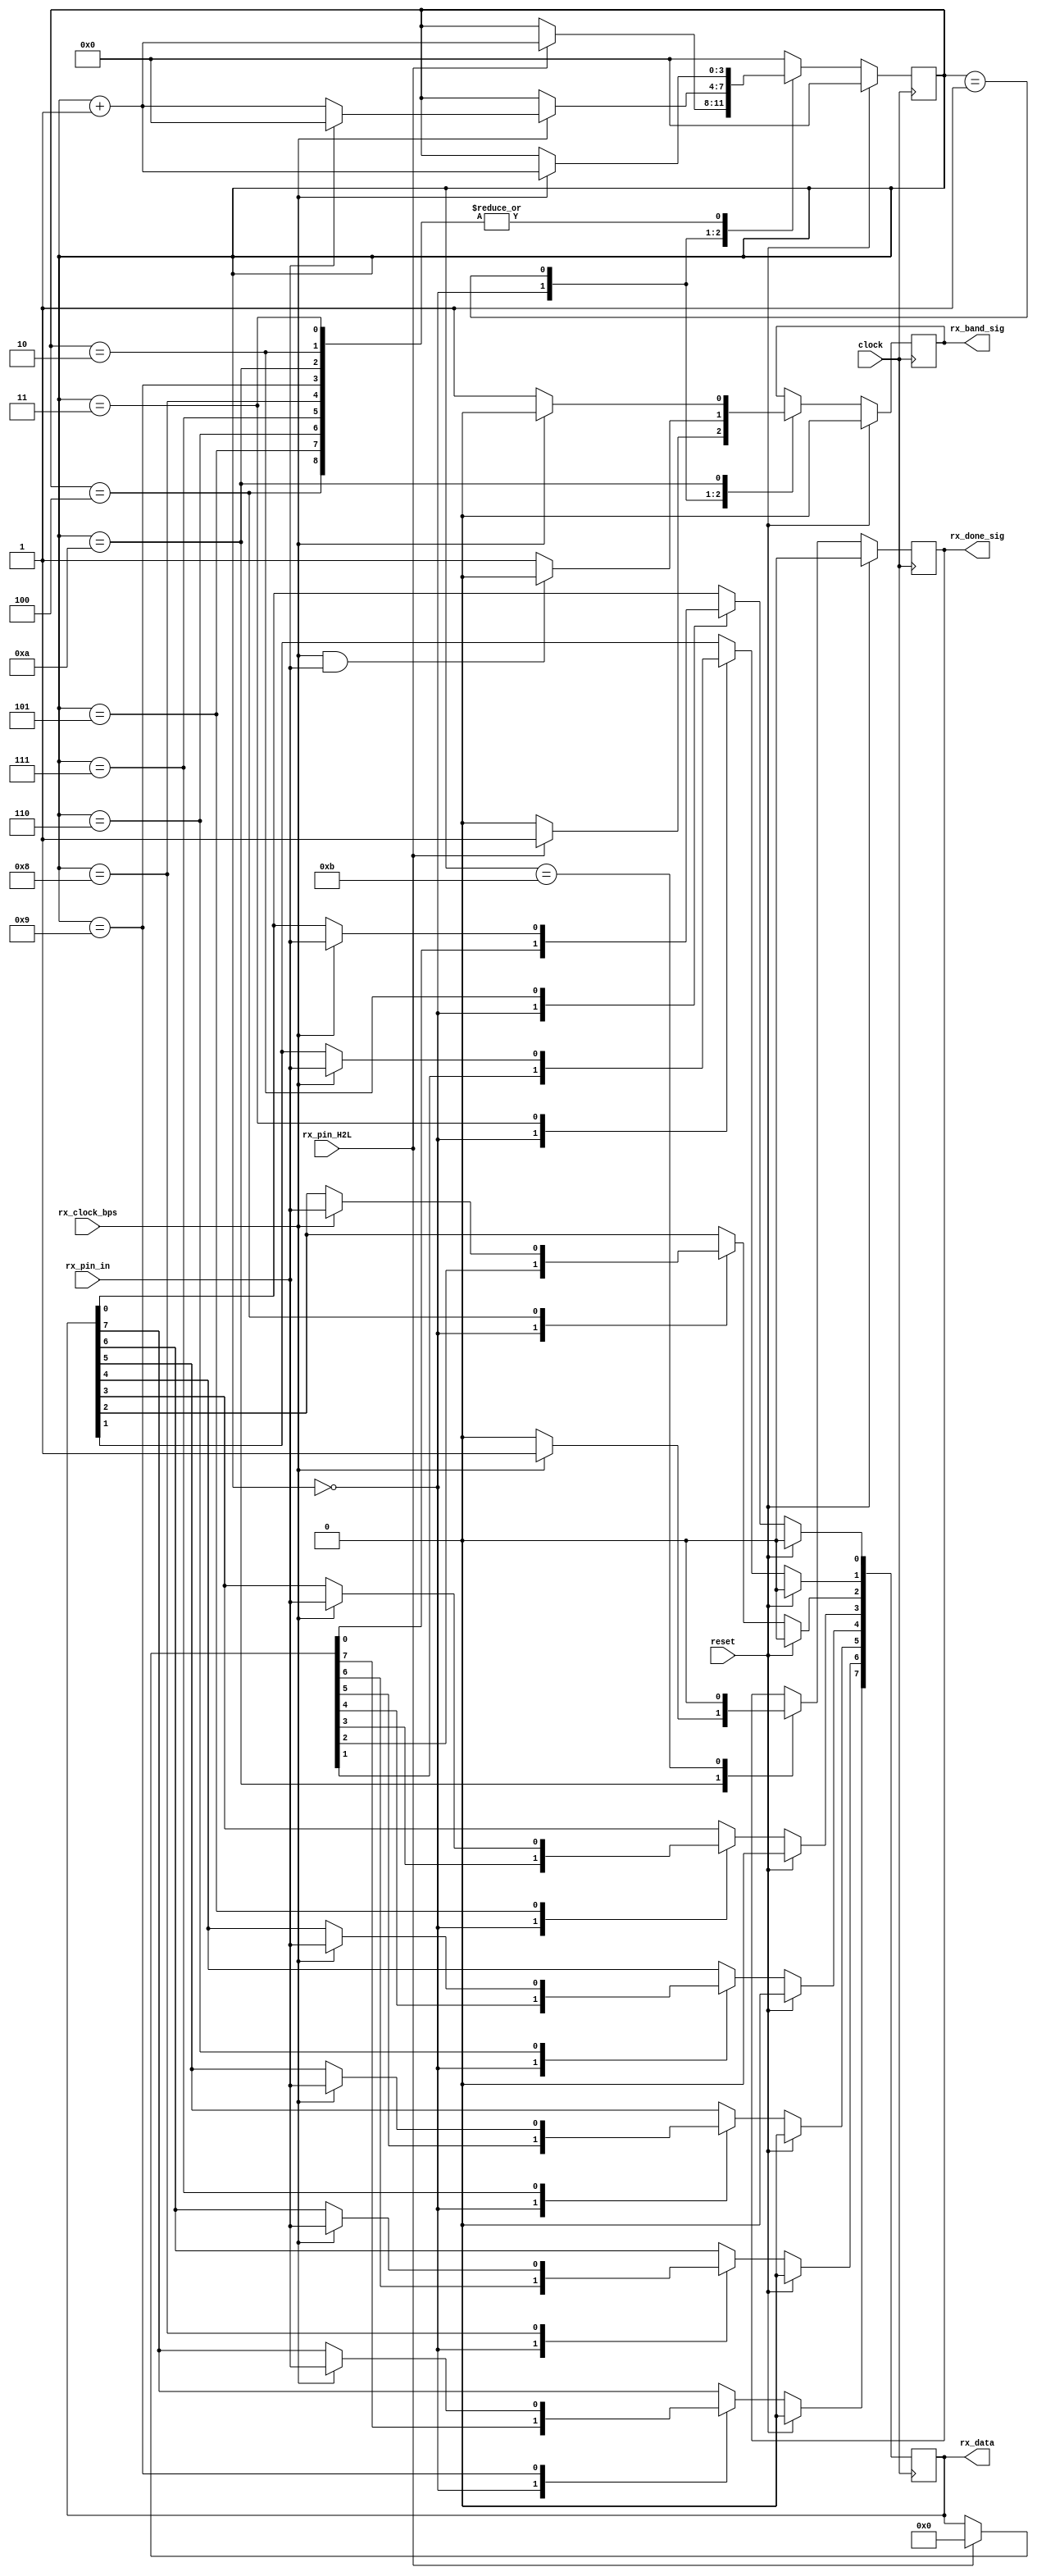
module uart_rx_ctrl(
    input 				clock,
	input				reset,
    input 				rx_pin_in,
    input 				rx_pin_H2L,
    input 				rx_clock_bps,
	
    output	reg 		rx_band_sig,
    output	reg	[7:0]	rx_data,
    output	reg 		rx_done_sig
);

localparam [3:0] IDLE  = 4'd0,	BEGIN = 4'd1, 	
				 DATA0 = 4'd2, 	DATA1 = 4'd3, DATA2 = 4'd4, DATA3 = 4'd5, DATA4 = 4'd6,	DATA5 = 4'd7, DATA6 = 4'd8, DATA7 = 4'd9,	
				 END   = 4'd10,	BFREE = 4'd11; 
				 
reg [3:0] pos;

always@(posedge clock) begin
	if(reset) begin
		pos <= 'd0;
	end
	else begin
		case(pos)
			IDLE	: pos <= rx_pin_H2L 	? (pos + 1'b1) : pos;
			BEGIN	: pos <= rx_clock_bps 	? (rx_pin_in ? IDLE : (pos + 1'b1)) : pos;
			DATA0	: pos <= rx_clock_bps 	? (pos + 1'b1) : pos; 
			DATA1	: pos <= rx_clock_bps 	? (pos + 1'b1) : pos; 
			DATA2	: pos <= rx_clock_bps 	? (pos + 1'b1) : pos; 
			DATA3	: pos <= rx_clock_bps 	? (pos + 1'b1) : pos; 
			DATA4	: pos <= rx_clock_bps 	? (pos + 1'b1) : pos; 
			DATA5	: pos <= rx_clock_bps 	? (pos + 1'b1) : pos; 
			DATA6	: pos <= rx_clock_bps 	? (pos + 1'b1) : pos; 
			DATA7	: pos <= rx_clock_bps 	? (pos + 1'b1) : pos; 
			END		: pos <= rx_clock_bps	? (pos + 1'b1) : pos;
			BFREE	: pos <= IDLE;
			default : pos <= IDLE;
		endcase
	end
end


always@(posedge clock) begin
	if(reset) begin
		rx_band_sig <= 'd0;
	end
	else begin
		case(pos)
			IDLE	: rx_band_sig <= rx_pin_H2L ? 1'b1 : 1'b0;
			BEGIN	: rx_band_sig <= (rx_clock_bps & rx_pin_in) ? 1'b0 : 1'b1;
			END		: rx_band_sig <= rx_clock_bps ? 1'b0 : 1'b1;
		endcase
	end
end

always@(posedge clock) begin
	if(reset) begin
		rx_done_sig <= 'd0;
	end
	else begin
		case(pos)
			END		: rx_done_sig <= rx_clock_bps ? 1'b1 : 1'b0;
			BFREE	: rx_done_sig <= 1'b0;
		endcase
	end
end


always@(posedge clock) begin
	if(reset) begin
		rx_data <= 'd0;
	end
	else begin
		case(pos)
			IDLE	: rx_data	 	<= rx_pin_H2L 	? 8'd0 : rx_data;
			DATA0	: rx_data[0]	<= rx_clock_bps ? rx_pin_in : rx_data[0]; 
			DATA1	: rx_data[1]	<= rx_clock_bps ? rx_pin_in : rx_data[1]; 
			DATA2	: rx_data[2]	<= rx_clock_bps ? rx_pin_in : rx_data[2]; 
			DATA3	: rx_data[3]	<= rx_clock_bps ? rx_pin_in : rx_data[3]; 
			DATA4	: rx_data[4]	<= rx_clock_bps ? rx_pin_in : rx_data[4]; 
			DATA5	: rx_data[5]	<= rx_clock_bps ? rx_pin_in : rx_data[5]; 
			DATA6	: rx_data[6]	<= rx_clock_bps ? rx_pin_in : rx_data[6]; 
			DATA7	: rx_data[7]	<= rx_clock_bps ? rx_pin_in : rx_data[7]; 
		endcase
	end
end


endmodule